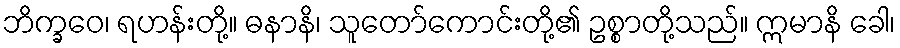
ဘိက္ခဝေ၊ ရဟန်းတို့။ ဓနာနိ၊ သူတော်ကောင်းတို့၏ ဥစ္စာတို့သည်။ ဣမာနိ ခေါ၊